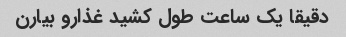
دقیقا یک ساعت طول کشید غذارو بیارن